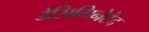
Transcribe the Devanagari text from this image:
डेसिमिनेटेद